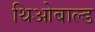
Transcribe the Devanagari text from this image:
थिओबाल्ड